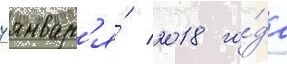
7 январ'я́ 2018 го́да